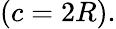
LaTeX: \displaystyle(c=2R).